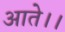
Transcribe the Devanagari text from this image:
आते।।